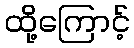
ထို့ကြောင့်